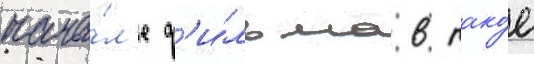
нача́л'е ф'и́льма в тако́е